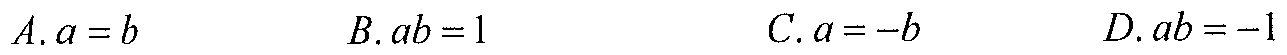
A. \(a = b\)
B. \(ab = 1\)
C. \(a=-b\)
D. \(ab=-1\)